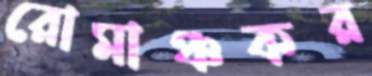
রোমাঞ্চকর